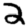
Digit: 2